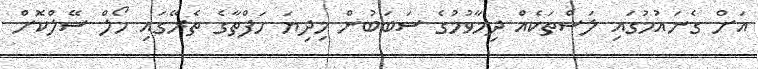
އަށް ގެނައުމުގައި ލަސްތަކެއް ދިމާވުމުގެ ސަބަބުން މިދިޔަ ހަފްތާގެ ތެރޭގައި ހޯލް ސޭލްކޮށް